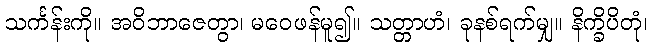
သင်္ကန်းကို။ အဝိဘာဇေတွာ၊ မဝေဖန်မူ၍။ သတ္တာဟံ၊ ခုနစ်ရက်မျှ။ နိက္ခိပိတုံ၊